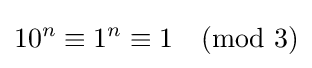
10^{n}\equiv 1^{n}\equiv 1{\pmod {3}}